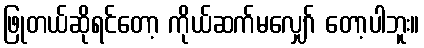
ဖြုတယ်ဆိုရင်တော့ ကိုယ်ဆက်မလျှော် တော့ပါဘူး။